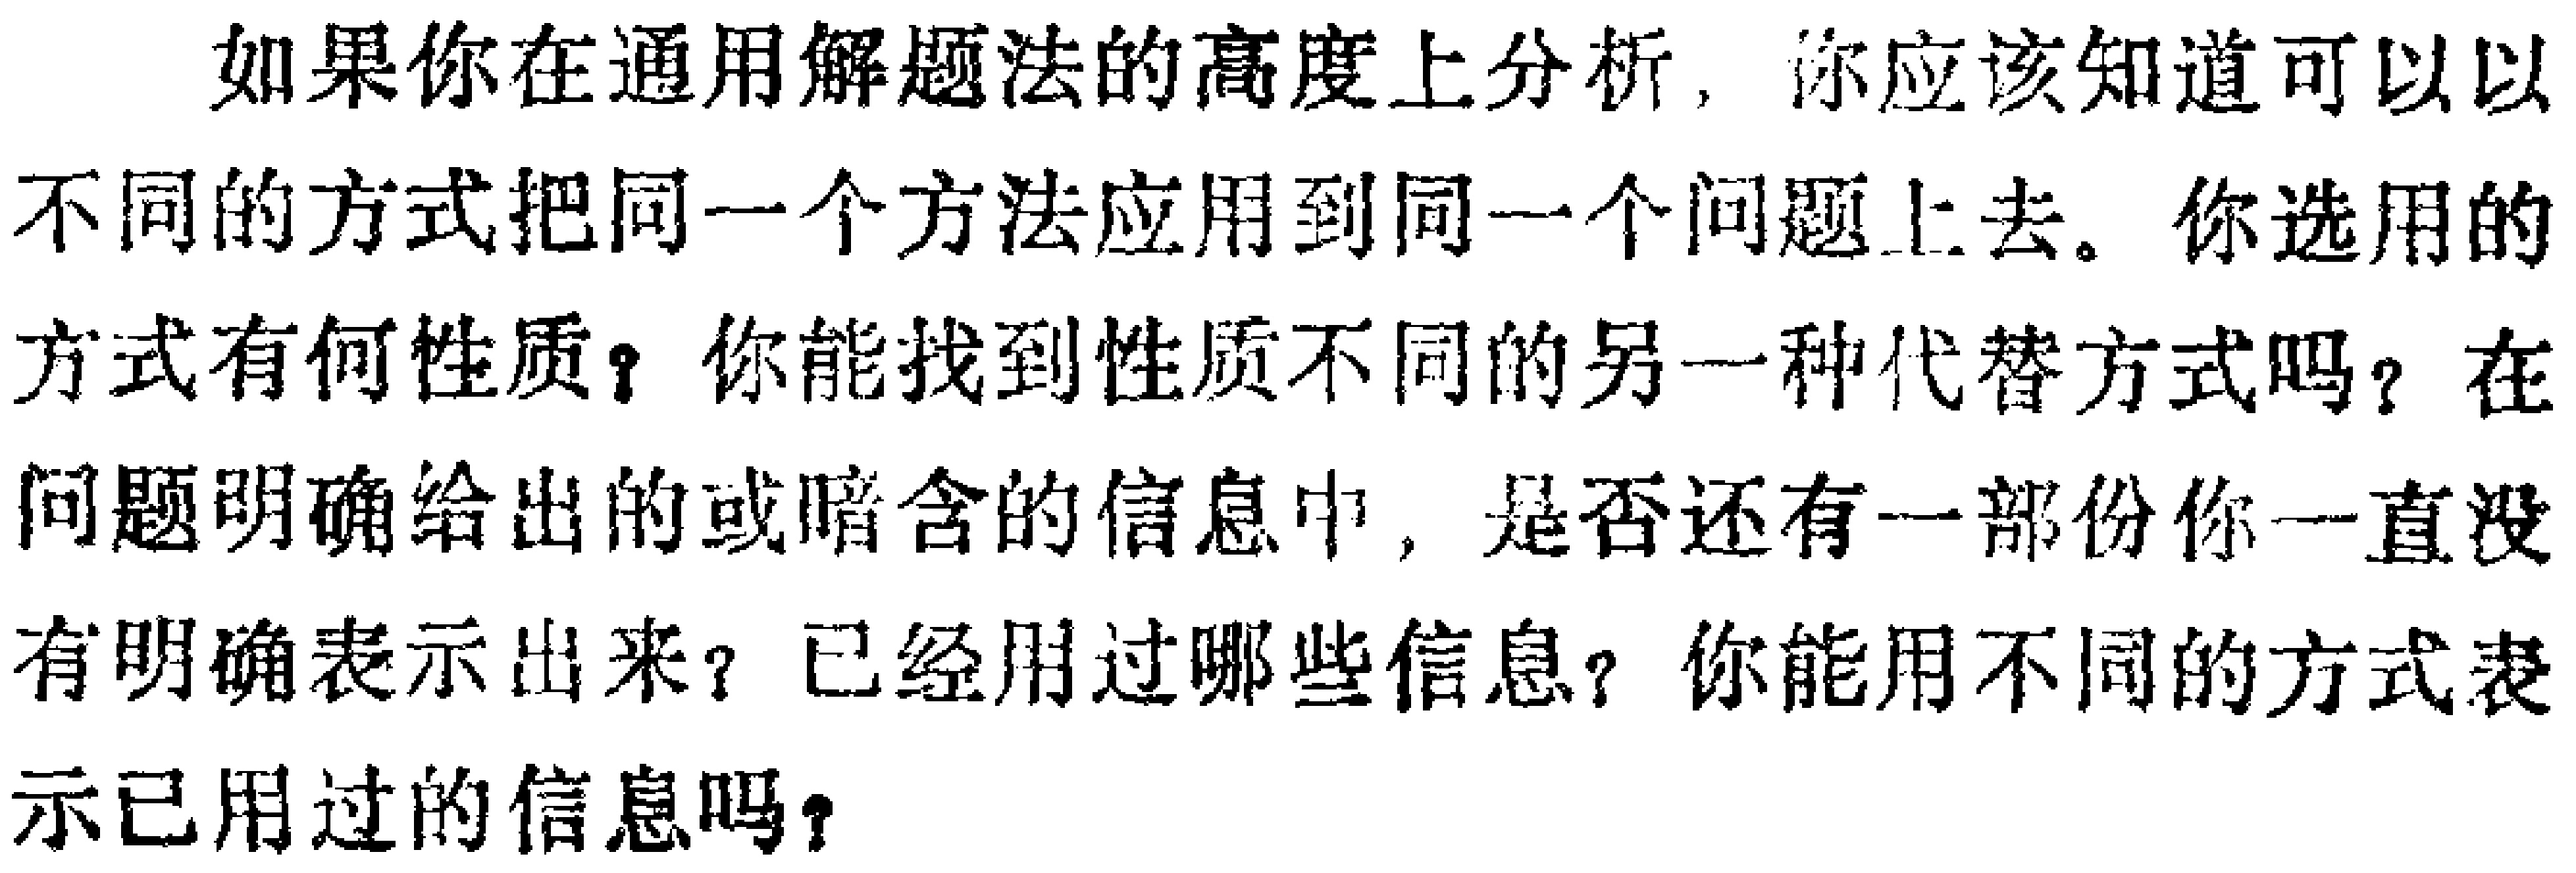
如果你在通用解题法的高度上分析，你应该知道可以以不同的方式把同一个方法应用到同一个问题上去。你选用的方式有何性质？你能找到性质不同的另一种代替方式吗？在问题明确给出的或暗含的信息中，是否还有一部份你一直没有明确表示出来？已经用过哪些信息？你能用不同的方式表示已用过的信息吗？